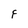
Character: F